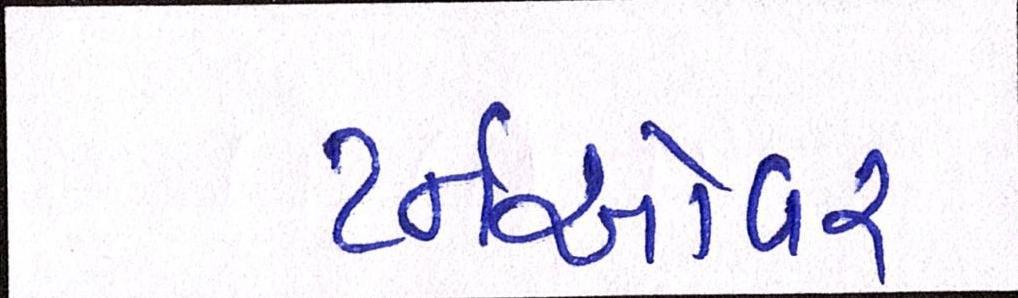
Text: ટર્નઓવર